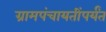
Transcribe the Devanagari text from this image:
ग्रामपंचायतींपर्यंत